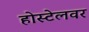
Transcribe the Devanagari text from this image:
होस्टेलवर